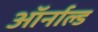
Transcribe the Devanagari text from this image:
ऑर्नाल्ड